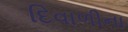
દિવાળીના